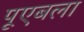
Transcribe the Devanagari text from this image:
पूएबला